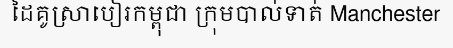
ដៃគូស្រាបៀរកម្ពុជា ក្រុមបាល់ទាត់ Manchester